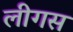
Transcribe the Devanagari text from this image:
लीगस